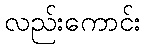
လည်းကောင်း